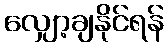
လျှော့ချနိုင်ရန်